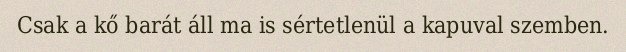
Csak a kő barát áll ma is sértetlenül a kapuval szemben.